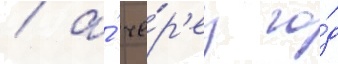
/ а́ че́р'ез го́д